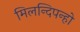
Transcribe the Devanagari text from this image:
मिलन्दिपन्हो